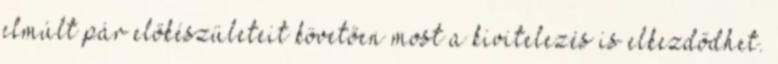
elmúlt pár előkészületeit követően most a kivitelezés is elkezdődhet.